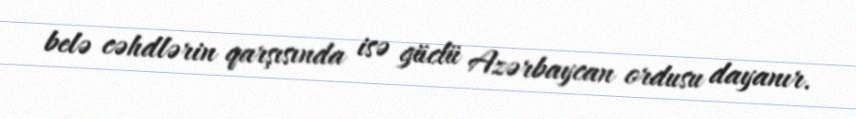
belə cəhdlərin qarşısında isə güclü Azərbaycan ordusu dayanır.